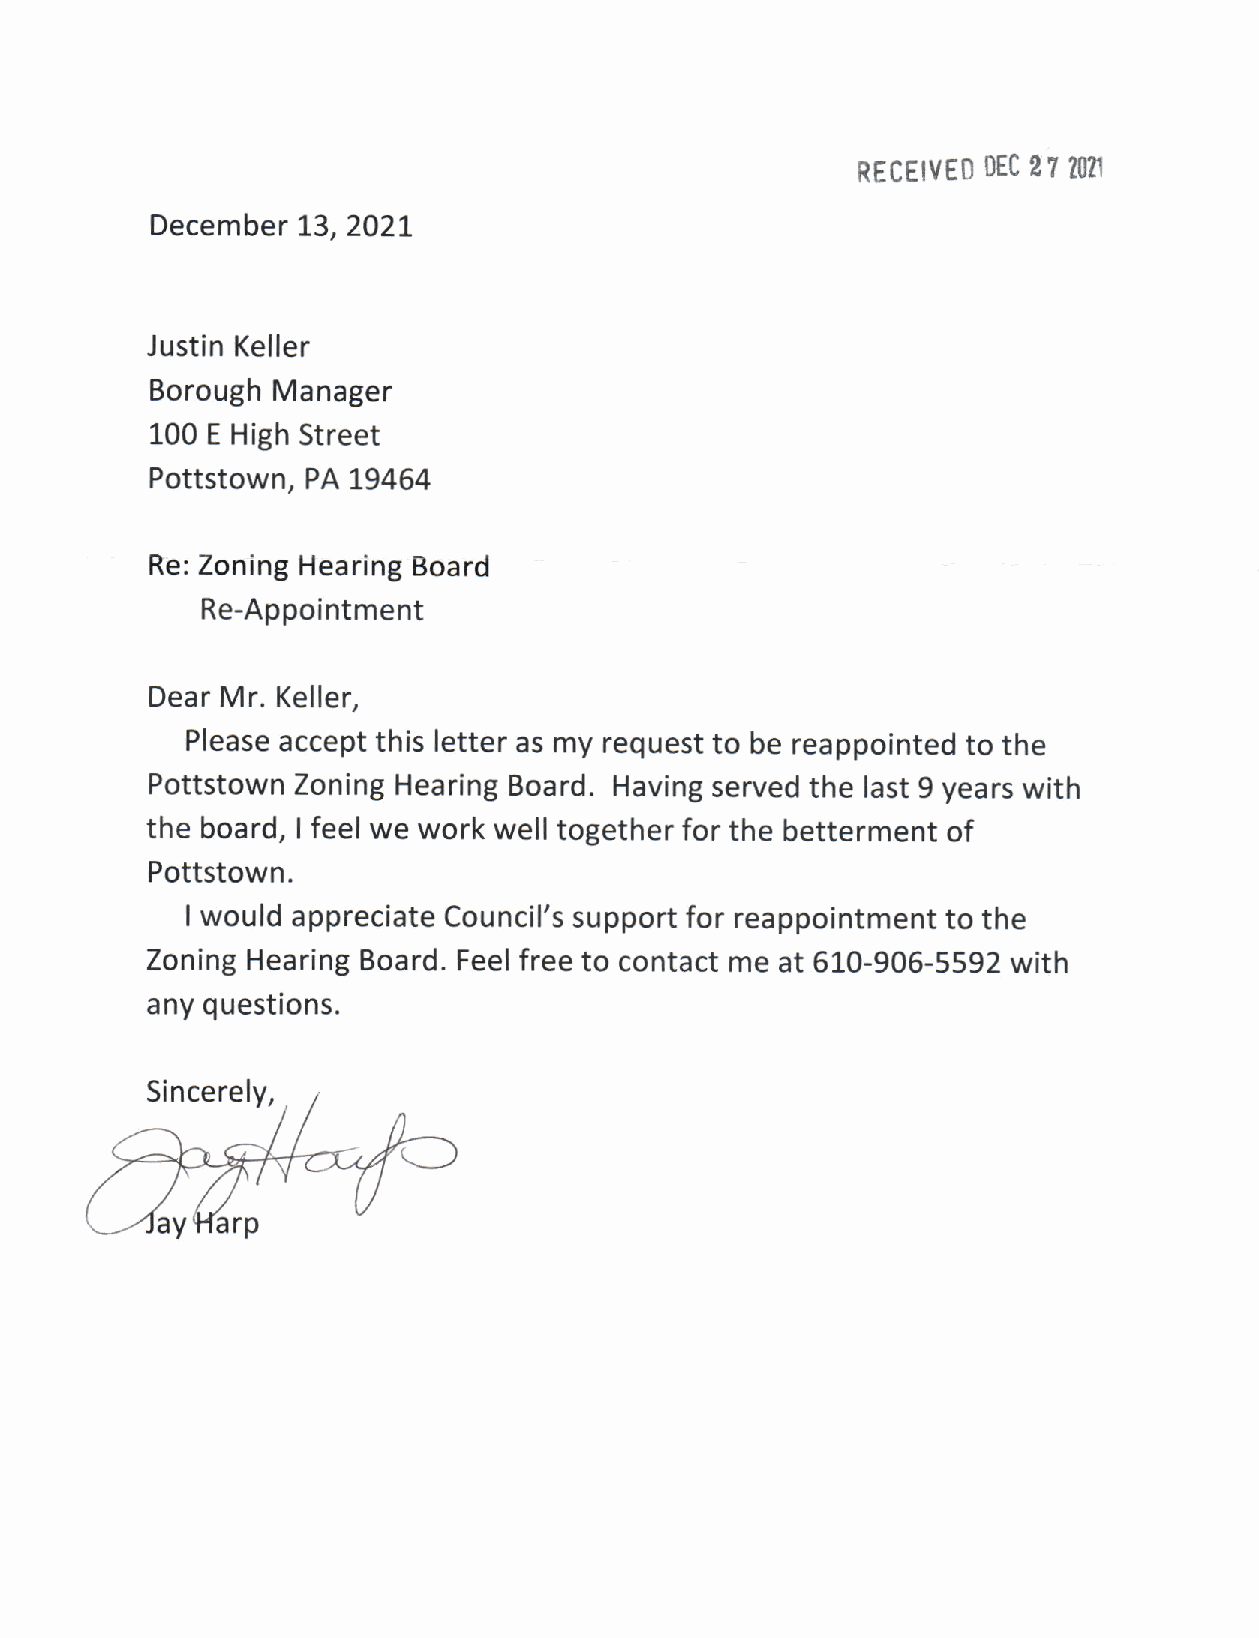
2?
 RECEIVED t)EC ?M1
 December  t3,2027
 Justin Keller
 Borough Manager
 100 E High Street
 Pottstown, PAL9464
 Re: Zoning Hearing Board
 Re-Appointment
 Dear Mr. Keller,
 Please accept this letter as my request to be reappointed to the
 Pottstown Zoning Hearing Board. Having served the last 9 years with
 the board, I feel we work well together for the betterment of
 Pottstown.
 I would appreciate Council's support for reappointment to the
 Zoning Hearing Board. Feel free to contact me at 6L0-906-5592 with
 any questions.
 Sincerely,